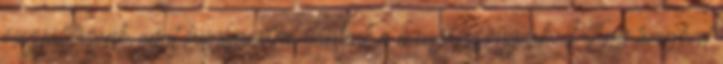
összeállításunk, amit lánybúcsúra ajánlunk a menyasszonynak: 1. Egy levegővel